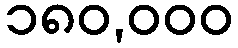
၁၈၀,၀၀၀